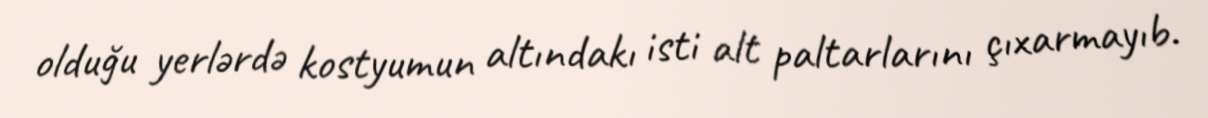
olduğu yerlərdə kostyumun altındakı isti alt paltarlarını çıxarmayıb.